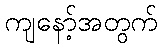
ကျနော့်အတွက်